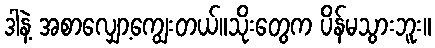
ဒါနဲ့ အစာလျှော့ကျွေးတယ်။သိုးတွေက ပိန်မသွားဘူး။